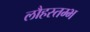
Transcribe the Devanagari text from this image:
लौहस्तम्भ